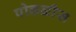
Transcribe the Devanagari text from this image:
पोकळीस